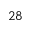
2 8